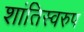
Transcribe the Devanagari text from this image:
शांतिस्वरुप